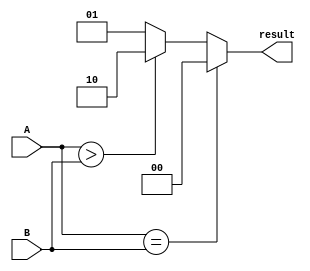
module comparator_64bit (
    input [63:0] A,
    input [63:0] B,
    output reg [1:0] result
);

always @* begin
    if (A == B) begin
        result = 2'b00; // equal
    end else if (A > B) begin
        result = 2'b10; // greater than
    end else begin
        result = 2'b01; // less than
    end
end

endmodule